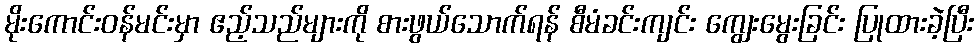
မိုးကောင်းဝန်မင်းမှာ ဧည့်သည်များကို စားဖွယ်သောက်ရန် စီမံခင်းကျင်း ကျွေးမွေးခြင်း ပြုထားခဲ့ပြီး